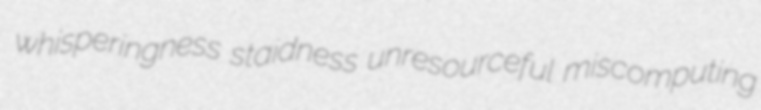
whisperingness staidness unresourceful miscomputing